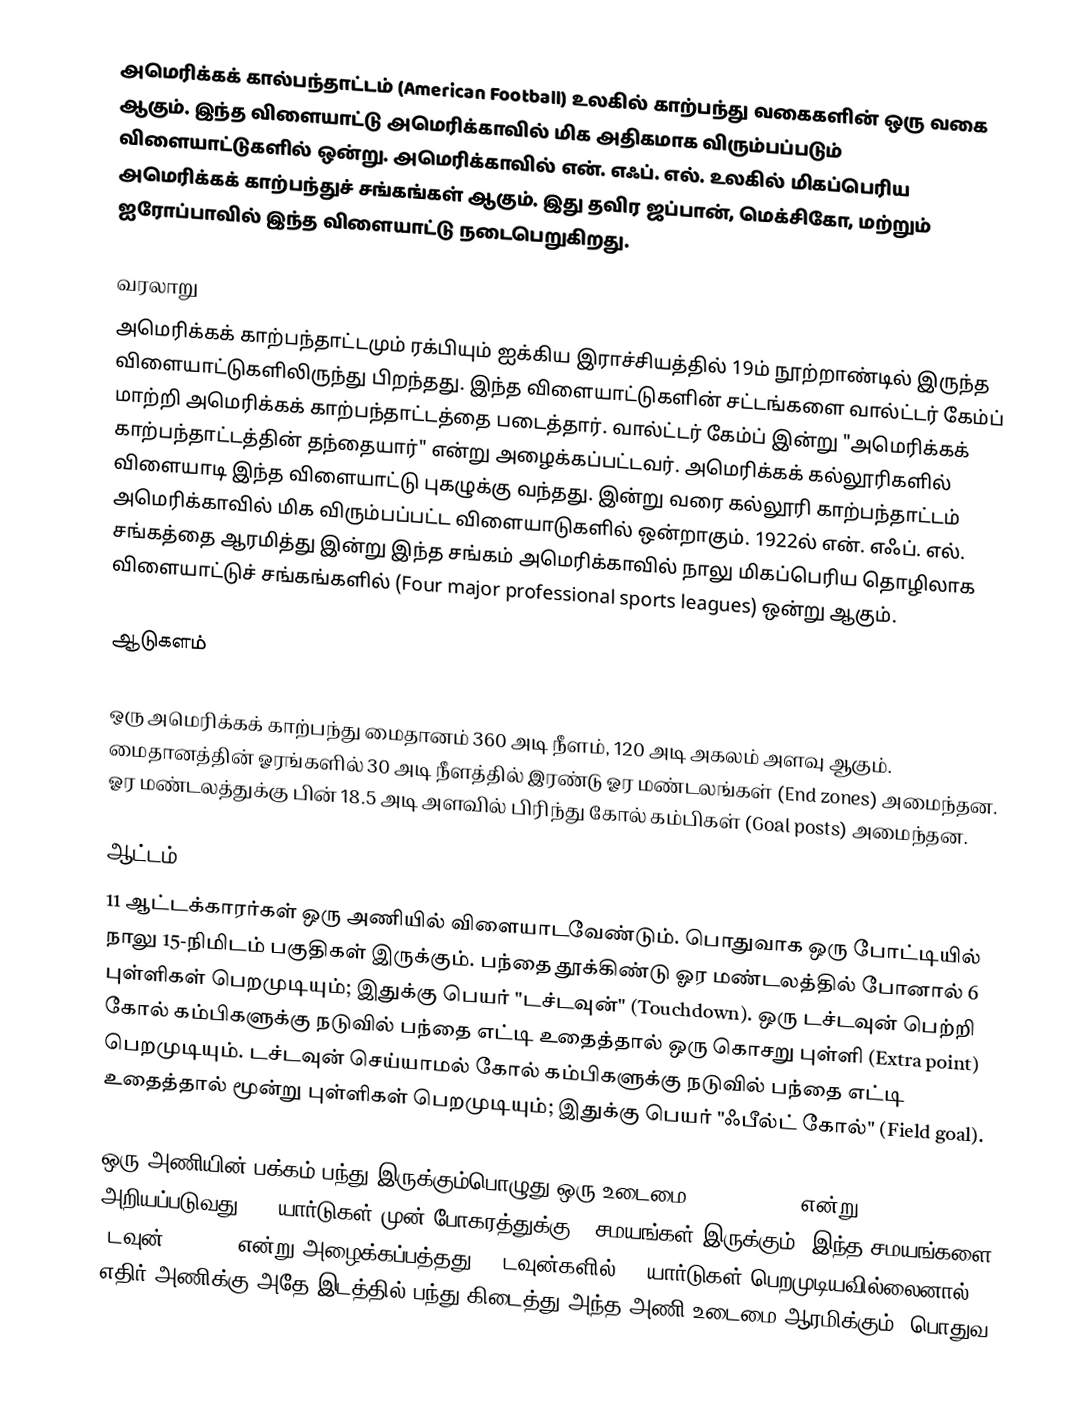
அமெரிக்கக் கால்பந்தாட்டம் (American Football) உலகில் காற்பந்து வகைகளின் ஒரு வகை ஆகும். இந்த விளையாட்டு அமெரிக்காவில் மிக அதிகமாக விரும்பப்படும் விளையாட்டுகளில் ஒன்று. அமெரிக்காவில் என். எஃப். எல். உலகில் மிகப்பெரிய அமெரிக்கக் காற்பந்துச் சங்கங்கள் ஆகும். இது தவிர ஜப்பான், மெக்சிகோ, மற்றும் ஐரோப்பாவில் இந்த விளையாட்டு நடைபெறுகிறது.

வரலாறு
அமெரிக்கக் காற்பந்தாட்டமும் ரக்பியும் ஐக்கிய இராச்சியத்தில் 19ம் நூற்றாண்டில் இருந்த விளையாட்டுகளிலிருந்து பிறந்தது. இந்த விளையாட்டுகளின் சட்டங்களை வால்ட்டர் கேம்ப் மாற்றி அமெரிக்கக் காற்பந்தாட்டத்தை படைத்தார். வால்ட்டர் கேம்ப் இன்று "அமெரிக்கக் காற்பந்தாட்டத்தின் தந்தையார்" என்று அழைக்கப்பட்டவர். அமெரிக்கக் கல்லூரிகளில் விளையாடி இந்த விளையாட்டு புகழுக்கு வந்தது. இன்று வரை கல்லூரி காற்பந்தாட்டம் அமெரிக்காவில் மிக விரும்பப்பட்ட விளையாடுகளில் ஒன்றாகும். 1922ல் என். எஃப். எல். சங்கத்தை ஆரமித்து இன்று இந்த சங்கம் அமெரிக்காவில் நாலு மிகப்பெரிய தொழிலாக விளையாட்டுச் சங்கங்களில் (Four major professional sports leagues) ஒன்று ஆகும்.

ஆடுகளம்

ஒரு அமெரிக்கக் காற்பந்து மைதானம் 360 அடி நீளம், 120 அடி அகலம் அளவு ஆகும். மைதானத்தின் ஓரங்களில் 30 அடி நீளத்தில் இரண்டு ஓர மண்டலங்கள் (End zones) அமைந்தன. ஓர மண்டலத்துக்கு பின் 18.5 அடி அளவில் பிரிந்து கோல் கம்பிகள் (Goal posts) அமைந்தன.

ஆட்டம்
11 ஆட்டக்காரர்கள் ஒரு அணியில் விளையாடவேண்டும். பொதுவாக ஒரு போட்டியில் நாலு 15-நிமிடம் பகுதிகள் இருக்கும். பந்தை தூக்கிண்டு ஓர மண்டலத்தில் போனால் 6 புள்ளிகள் பெறமுடியும்; இதுக்கு பெயர் "டச்டவுன்" (Touchdown). ஒரு டச்டவுன் பெற்றி கோல் கம்பிகளுக்கு நடுவில் பந்தை எட்டி உதைத்தால் ஒரு கொசறு புள்ளி (Extra point) பெறமுடியும். டச்டவுன் செய்யாமல் கோல் கம்பிகளுக்கு நடுவில் பந்தை எட்டி உதைத்தால் மூன்று புள்ளிகள் பெறமுடியும்; இதுக்கு பெயர் "ஃபீல்ட் கோல்" (Field goal).

ஒரு அணியின் பக்கம் பந்து இருக்கும்பொழுது ஒரு உடைமை (possession) என்று அறியப்படுவது. 10 யார்டுகள் முன் போகரத்துக்கு 4 சமயங்கள் இருக்கும்; இந்த சமயங்களை "டவுன்" (down) என்று அழைக்கப்பத்தது. 4 டவுன்களில் 10 யார்டுகள் பெறமுடியவில்லைனால் எதிர் அணிக்கு அதே இடத்தில் பந்து கிடைத்து அந்த அணி உடைமை ஆரமிக்கும். பொதுவ